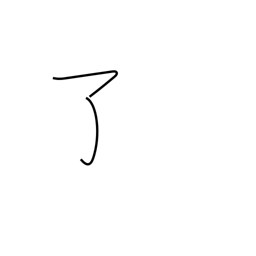
Meaning: finish